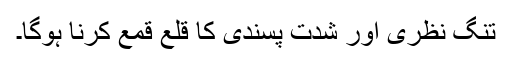
تنگ نظری اور شدت پسندی کا قلع قمع کرنا ہوگا۔